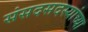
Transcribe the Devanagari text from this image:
संसदसदस्यांच्या